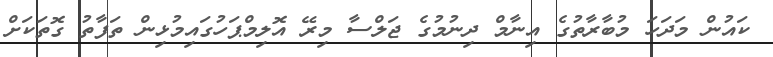
ކައުން މަދަހަ މުބާރާތުގެ އިނާމް ދިނުމުގެ ޖަލްސާ މިރޭ އޮލިމްޕަހުގައިމުޅިން ތަފާތު ގޮތަކަށް